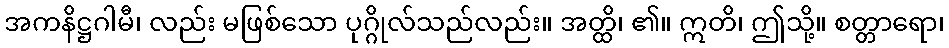
အကနိဋ္ဌဂါမီ၊ လည်း မဖြစ်သော ပုဂ္ဂိုလ်သည်လည်း။ အတ္ထိ၊ ၏။ ဣတိ၊ ဤသို့။ စတ္တာရော၊